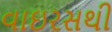
વાઇરસથી